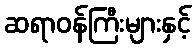
ဆရာဝန်ကြီးများနှင့်